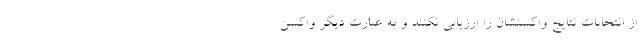
از انتخابات نتایج واکسنشان را ارزیابی نکنند و به عبارت دیگر واکسن